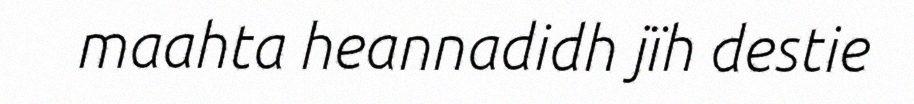
maahta heannadidh jïh destie